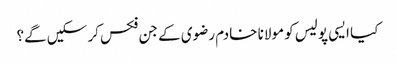
کیا ایسی پولیس کو مولانا خادم رضوی کے جن فکس کر سکیں گے؟